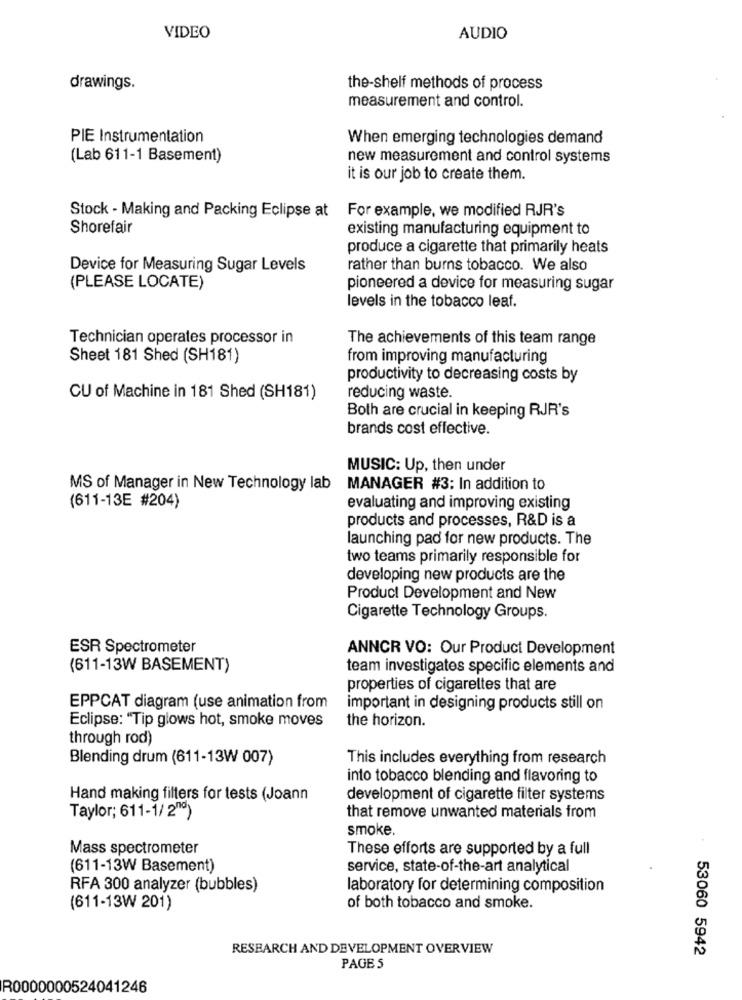
VIDEO
AUDIO
drawings.
the-shelf methods of process
measurement and control.
PIE Instrumentation
When emerging technologies demand
(Lab 611-1 Basement)
new measurement and control systems
it is our job to create them.
For example, we modified RJR's
Stock - Making and Packing Eclipse at
Shorefair
existing manufacturing equipment to
produce a cigarette that primarily heats
Device for Measuring Sugar Levels
rather than burns tobacco. We also
(PLEASE LOCATE)
pioneered a device for measuring sugar
levels in the tobacco leaf.
Technician operates processor in
The achievements of this team range
Sheet 181 Shed (SH181)
from improving manufacturing
productivity to decreasing costs by
CU of Machine in 181 Shed (SH181)
reducing waste.
Both are crucial in keeping RJR's
brands cost effective.
MUSIC: Up, then under
MS of Manager in New Technology lab
MANAGER #3: In addition to
(611-13E #204)
evaluating and improving existing
products and processes, R&D is a
launching pad for new products. The
two teams primarily responsible for
developing new products are the
Product Development and New
Cigarette Technology Groups.
ESR Spectrometer
ANNCR VO: Our Product Development
(611-13W BASEMENT)
team investigates specific elements and
properties of cigarettes that are
EPPCAT diagram (use animation from
important in designing products still on
Eclipse: "Tip glows hot, smoke moves
the horizon.
through rod)
Blending drum (611-13W 007)
This includes everything from research
into tobacco blending and flavoring to
Hand making filters for tests (Joann
development of cigarette filter systems
Taylor; 611-1/ 2"9)
that remove unwanted materials from
smoke.
Mass spectrometer
These efforts are supported by a full
(611-13W Basement)
service, state-of-the-art analytical
RFA 300 analyzer (bubbles)
laboratory for determining composition
(611-13W 201)
of both tobacco and smoke.
RESEARCH AND DEVELOPMENT OVERVIEW
53060 5942
PAGE 5
R0000000524041246